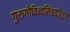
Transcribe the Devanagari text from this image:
गुरुगोविन्दसिंहचरितम्